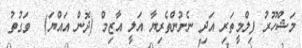
މަޝްހޫރު ފިލްމީތަރި އަދި ނެށުންތެރިޔާ އަލީ އާޒިމް (ދޮން އައްޔަ)  ވަގުތު